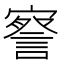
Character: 𭔙